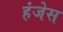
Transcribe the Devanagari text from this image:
हंजेस